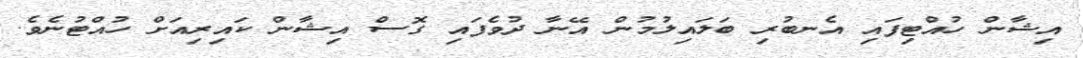
އިޝާން ހުއްޓިފައި އެނބުރި ބަލައިލުމުން އޭނާ ދުވެފައި ގޮސް އިޝާން ކައިރިއަށް ހުއްޓުނެވެ.